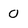
Character: O